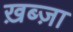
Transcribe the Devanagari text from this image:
ख़ब्ज़ा